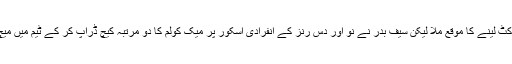
ملتان سلطانز کو جلد ہی چوتھی وکٹ لینے کا موقع ملا لیکن سیف بدر نے نو اور دس رنز کے انفرادی اسکور پر میک کولم کا دو مرتبہ کیچ ڈراپ کر کے ٹیم میں میچ میں واپسی کے مواقع گنوا دیے۔